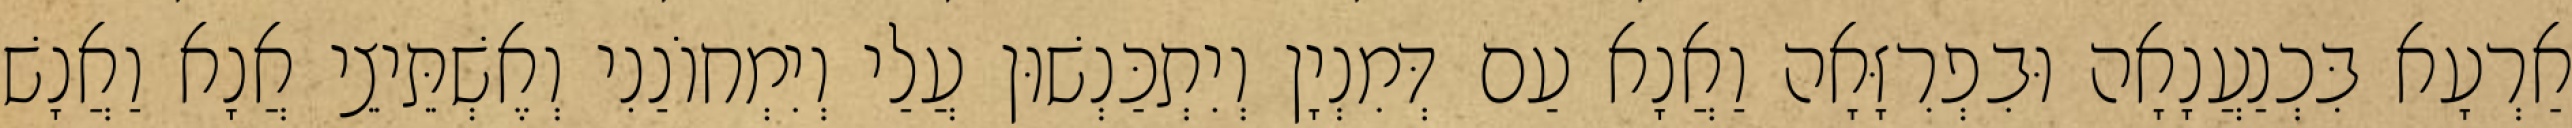
אַרְעָא בִּכְנַעֲנָאָה וּבִפְרִזָּאָה וַאֲנָא עַם דְּמִנְיָן וְיִתְכַּנְשׁוּן עֲלַי וְיִמְחוֹנַנִי וְאֶשְׁתֵּיצֵי אֲנָא וַאֲנָשׁ